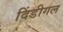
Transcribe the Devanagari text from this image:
दिंडीगल